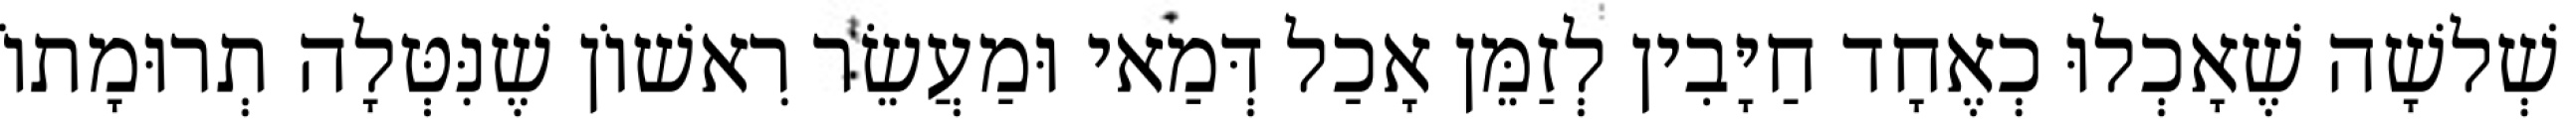
שְׁלשָׁה שֶׁאָכְלוּ כְאֶחָד חַיָּבִין לְזַמֵּן אָכַל דְּמַאי וּמַעֲשֵׂר רִאשׁוֹן שֶׁנִּטְּלָה תְרוּמָתוֹ